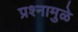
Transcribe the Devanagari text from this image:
प्रश्नामुळे